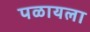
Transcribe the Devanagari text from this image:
पळायला